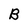
Character: B